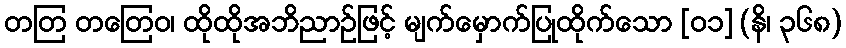
တတြ တတြေဝ၊ ထိုထိုအဘိညာဉ်ဖြင့် မျက်မှောက်ပြုထိုက်သော [၀၁] (နိ၊ ၃၆၈)